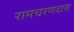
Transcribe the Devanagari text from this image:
रामचरणदास